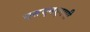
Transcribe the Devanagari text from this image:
एसएनएमपी